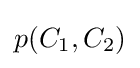
p(C_{1},C_{2})